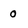
Character: 0